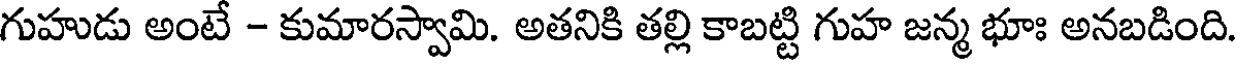
గుహుడు అంటే - కుమారస్వామి. అతనికి తల్లి కాబట్టి గుహ జన్మ భూః అనబడింది.